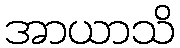
အာယာသိ